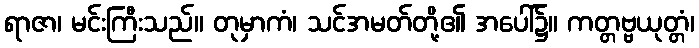
ရာဇာ၊ မင်းကြီးသည်။ တုမှာကံ၊ သင်အမတ်တို့၏ အပေါ်၌။ ကတ္တဗ္ဗယုတ္တံ၊